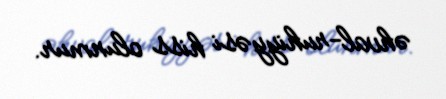
əhval-ruhiyyəsi hiss olunmur.